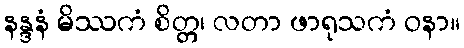
နန္ဒနံ မိဿကံ စိတ္တ၊ လတာ ဖာရုသကံ ဝနာ။